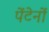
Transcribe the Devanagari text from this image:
पेंटेनों